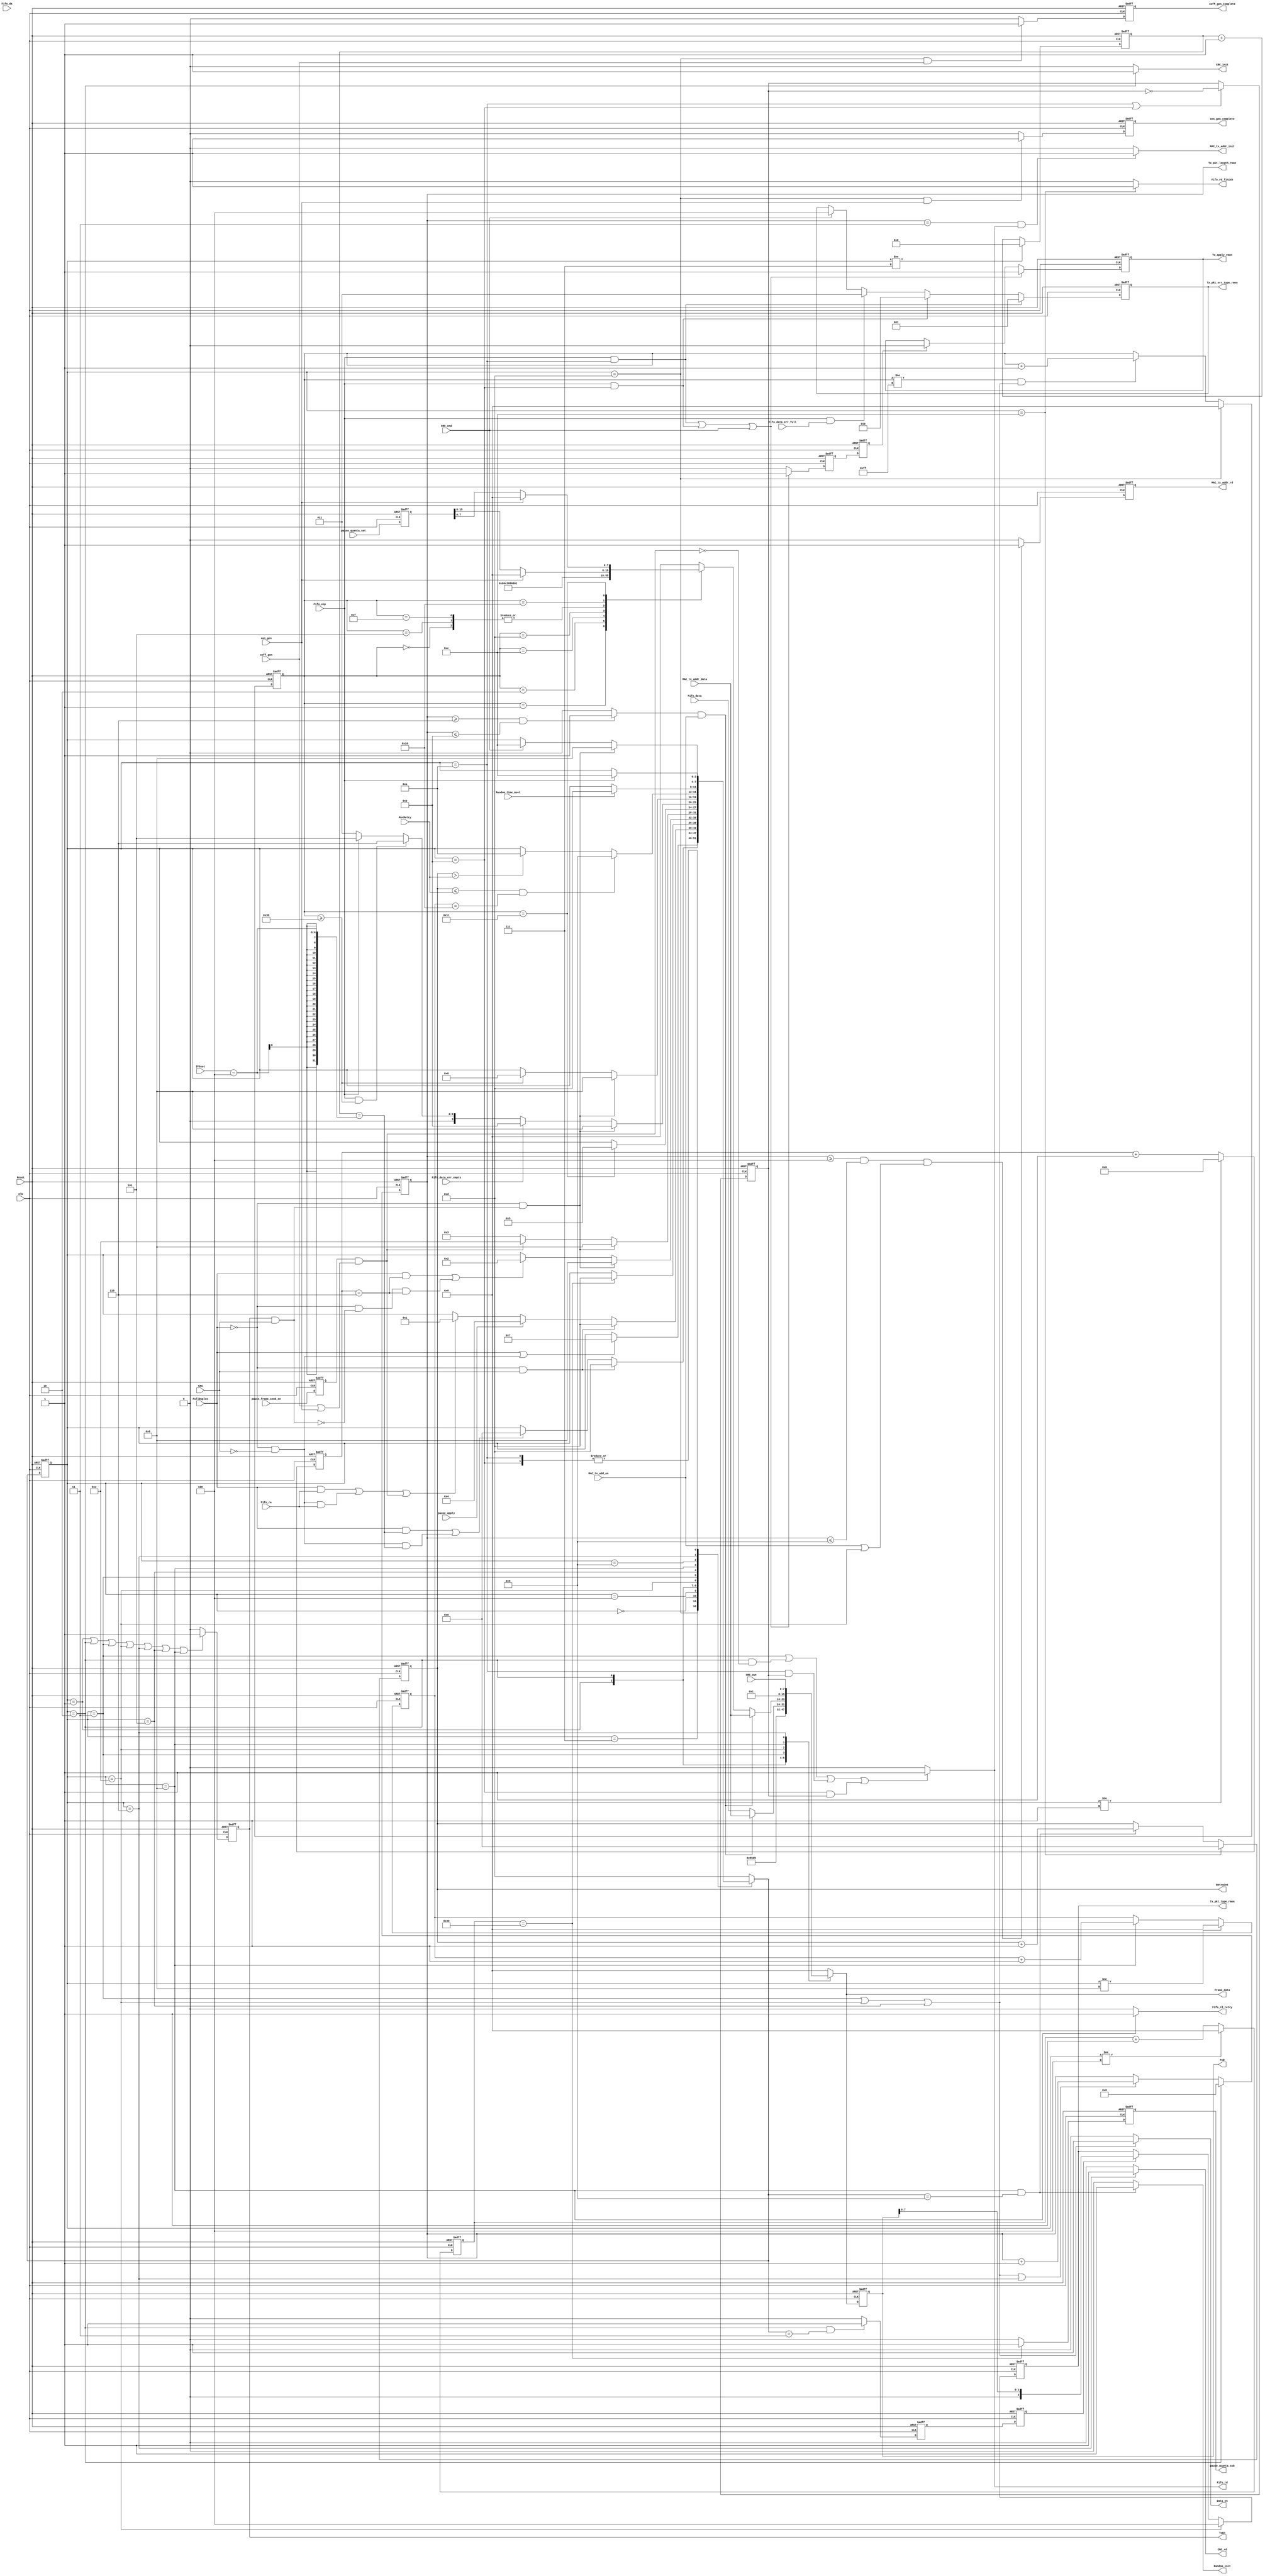
//////////////////////////////////////////////////////////////////////
////                                                              ////
////  MAC_tx_ctrl.v                                               ////
////                                                              ////
////  This file is part of the Ethernet IP core project           ////
////  http://www.opencores.org/projects.cgi/web/ethernet_tri_mode/////
////                                                              ////
////  Author(s):                                                  ////
////      - Jon Gao (gaojon@yahoo.com)                            ////
////                                                              ////
////                                                              ////
//////////////////////////////////////////////////////////////////////
////                                                              ////
//// Copyright (C) 2001 Authors                                   ////
////                                                              ////
//// This source file may be used and distributed without         ////
//// restriction provided that this copyright statement is not    ////
//// removed from the file and that any derivative work contains  ////
//// the original copyright notice and the associated disclaimer. ////
////                                                              ////
//// This source file is free software; you can redistribute it   ////
//// and/or modify it under the terms of the GNU Lesser General   ////
//// Public License as published by the Free Software Foundation; ////
//// either version 2.1 of the License, or (at your option) any   ////
//// later version.                                               ////
////                                                              ////
//// This source is distributed in the hope that it will be       ////
//// useful, but WITHOUT ANY WARRANTY; without even the implied   ////
//// warranty of MERCHANTABILITY or FITNESS FOR A PARTICULAR      ////
//// PURPOSE.  See the GNU Lesser General Public License for more ////
//// details.                                                     ////
////                                                              ////
//// You should have received a copy of the GNU Lesser General    ////
//// Public License along with this source; if not, download it   ////
//// from http://www.opencores.org/lgpl.shtml                     ////
////                                                              ////
//////////////////////////////////////////////////////////////////////
//                                                                    
// CVS Revision History                                               
//                                                                    
// $Log: not supported by cvs2svn $
// Revision 1.3  2006/01/19 14:07:54  maverickist
// verification is complete.
//
// Revision 1.3  2005/12/16 06:44:17  Administrator
// replaced tab with space.
// passed 9.6k length frame test.
//
// Revision 1.2  2005/12/13 12:15:38  Administrator
// no message
//
// Revision 1.1.1.1  2005/12/13 01:51:45  Administrator
// no message
//                                           

module MAC_tx_ctrl (  
Reset               ,
Clk                 ,
//CRC_gen Interface  
CRC_init            ,
Frame_data          ,
Data_en             ,
CRC_rd              ,
CRC_end             ,
CRC_out             ,
//Ramdon_gen interfac
Random_init         ,
RetryCnt            ,
Random_time_meet    ,
//flow control      
pause_apply         ,
pause_quanta_sub    ,
xoff_gen            ,
xoff_gen_complete   ,
xon_gen             ,
xon_gen_complete    ,
//MAC_tx_FF          
Fifo_data           ,
Fifo_rd             ,
Fifo_eop            ,
Fifo_da             ,
Fifo_rd_finish      ,
Fifo_rd_retry       ,
Fifo_ra             ,
Fifo_data_err_empty ,
Fifo_data_err_full  ,
//RMII               
TxD                 ,
TxEn                ,
CRS                 , 
//MAC_tx_addr_add   
MAC_tx_addr_rd      ,
MAC_tx_addr_data    ,
MAC_tx_addr_init    ,
//RMON               
Tx_pkt_type_rmon    ,
Tx_pkt_length_rmon  ,
Tx_apply_rmon       ,
Tx_pkt_err_type_rmon,
//CPU  
pause_frame_send_en ,
pause_quanta_set    ,              
MAC_tx_add_en       ,  
FullDuplex          ,
MaxRetry            ,
IFGset          
);

input           Reset               ;
input           Clk                 ;
                //CRC_gen Interface 
output          CRC_init            ;
output  [7:0]   Frame_data          ;
output          Data_en             ;
output          CRC_rd              ;
input           CRC_end             ;
input   [7:0]   CRC_out             ;
                //Ramdon_gen interface
output          Random_init         ;
output  [3:0]   RetryCnt            ;
input           Random_time_meet    ;//levle hight indicate random time passed away
                //flow control
input           pause_apply         ;
output          pause_quanta_sub    ;
input           xoff_gen            ;
output          xoff_gen_complete   ;
input           xon_gen             ;
output          xon_gen_complete    ;               
                //MAC_rx_FF
input   [7:0]   Fifo_data           ;
output          Fifo_rd             ;
input           Fifo_eop            ;
input           Fifo_da             ;
output          Fifo_rd_finish      ;
output          Fifo_rd_retry       ;
input           Fifo_ra             ;
input           Fifo_data_err_empty ;
input           Fifo_data_err_full  ;
                //RMII
output  [7:0]   TxD                 ;
output          TxEn                ;   
input           CRS                 ;
                //MAC_tx_addr_add
output          MAC_tx_addr_init    ;
output          MAC_tx_addr_rd      ;
input   [7:0]   MAC_tx_addr_data    ;
                //RMON
output  [2:0]   Tx_pkt_type_rmon    ;
output  [15:0]  Tx_pkt_length_rmon  ;
output          Tx_apply_rmon       ;
output  [2:0]   Tx_pkt_err_type_rmon;   
                //CPU
input           pause_frame_send_en ;               
input   [15:0]  pause_quanta_set    ;
input           MAC_tx_add_en       ;               
input           FullDuplex          ;
input   [3:0]   MaxRetry            ;
input   [5:0]   IFGset              ;
//******************************************************************************        
//internal signals                                                              
//******************************************************************************   
parameter       StateIdle           =4'd00;
parameter       StatePreamble       =4'd01;
parameter       StateSFD            =4'd02;
parameter       StateData           =4'd03;
parameter       StatePause          =4'd04;
parameter       StatePAD            =4'd05;
parameter       StateFCS            =4'd06;
parameter       StateIFG            =4'd07;
parameter       StateJam            =4'd08;
parameter       StateBackOff        =4'd09;
parameter       StateJamDrop        =4'd10;
parameter       StateFFEmptyDrop    =4'd11;
parameter       StateSwitchNext     =4'd12;
parameter       StateDefer          =4'd13;
parameter       StateSendPauseFrame =4'd14;

reg [3:0]       Current_state   /*synthesis syn_keep=1 */;
reg [3:0]       Next_state;
reg [5:0]       IFG_counter;
reg [4:0]       Preamble_counter;//
reg [7:0]       TxD_tmp             ;   
reg             TxEn_tmp            ;   
reg [15:0]      Tx_pkt_length_rmon  ;
reg             Tx_apply_rmon       ;
reg             Tx_apply_rmon_tmp   ;
reg             Tx_apply_rmon_tmp_pl1;
reg [2:0]       Tx_pkt_err_type_rmon;   
reg [3:0]       RetryCnt            ;
reg             Random_init         ;
reg             Fifo_rd_finish      ;
reg             Fifo_rd_retry       ;
reg [7:0]       TxD                 ;   
reg             TxEn                ;   
reg             CRC_init            ;
reg             Data_en             ;
reg             CRC_rd              ;
reg             Fifo_rd             ;
reg             MAC_tx_addr_rd      ;
reg             MAC_header_slot     ;
reg             MAC_header_slot_tmp ;
reg [2:0]       Tx_pkt_type_rmon    ;
wire            Collision           ; 
reg             MAC_tx_addr_init    ;
reg             Src_MAC_ptr         ;
reg [7:0]       IPLengthCounter     ;//for pad append
reg [1:0]       PADCounter          ;
reg [7:0]       JamCounter          ;
reg             PktDrpEvenPtr       ;
reg [7:0]       pause_counter       ;
reg             pause_quanta_sub    ;
reg             pause_frame_send_en_dl1 ;               
reg [15:0]      pause_quanta_set_dl1    ;
reg             xoff_gen_complete   ;
reg             xon_gen_complete    ;
//******************************************************************************    
//boundery signal processing                                                             
//****************************************************************************** 
always @(posedge Clk or posedge Reset)
    if (Reset)
        begin  
        pause_frame_send_en_dl1         <=0;
        pause_quanta_set_dl1            <=0;
        end
    else
        begin  
        pause_frame_send_en_dl1         <=pause_frame_send_en   ;
        pause_quanta_set_dl1            <=pause_quanta_set      ;
        end     
//******************************************************************************    
//state machine                                                             
//****************************************************************************** 
assign Collision=TxEn&CRS;

always @(posedge Clk or posedge Reset)
    if (Reset)
        pause_counter   <=0;
    else if (Current_state!=StatePause)
        pause_counter   <=0;
    else 
        pause_counter   <=pause_counter+1;
        
always @(posedge Clk or posedge Reset)
    if (Reset)
        IPLengthCounter     <=0;
    else if (Current_state==StateDefer)
        IPLengthCounter     <=0;    
    else if (IPLengthCounter!=8'hff&&(Current_state==StateData||Current_state==StateSendPauseFrame||Current_state==StatePAD))
        IPLengthCounter     <=IPLengthCounter+1;

always @(posedge Clk or posedge Reset)
    if (Reset)
        PADCounter      <=0;
    else if (Current_state!=StatePAD)
        PADCounter      <=0;
    else
        PADCounter      <=PADCounter+1;

always @(posedge Clk or posedge Reset)
    if (Reset)
        Current_state       <=StateDefer;
    else 
        Current_state       <=Next_state;    
        
always @ (*)
        case (Current_state)   
            StateDefer:
                if ((FullDuplex)||(!FullDuplex&&!CRS))
                    Next_state=StateIFG;
                else
                    Next_state=Current_state;   
            StateIFG:
                if (!FullDuplex&&CRS)
                    Next_state=StateDefer;
                else if ((FullDuplex&&IFG_counter==IFGset-4)||(!FullDuplex&&!CRS&&IFG_counter==IFGset-4))//remove some additional time
                    Next_state=StateIdle;
                else
                    Next_state=Current_state;           
            StateIdle:
                if (!FullDuplex&&CRS)
                    Next_state=StateDefer;
                else if (pause_apply)
                    Next_state=StatePause;          
                else if ((FullDuplex&&Fifo_ra)||(!FullDuplex&&!CRS&&Fifo_ra)||(pause_frame_send_en_dl1&&(xoff_gen||xon_gen)))
                    Next_state=StatePreamble;
                else
                    Next_state=Current_state;   
            StatePause:
                if (pause_counter==512/8)
                    Next_state=StateDefer;
                else
                    Next_state=Current_state;               
            StatePreamble:
                if (!FullDuplex&&Collision)
                    Next_state=StateJam;
                else if ((FullDuplex&&Preamble_counter==6)||(!FullDuplex&&!Collision&&Preamble_counter==6))
                    Next_state=StateSFD;
                else
                    Next_state=Current_state;
            StateSFD:
                if (!FullDuplex&&Collision)
                    Next_state=StateJam;
                else if (pause_frame_send_en_dl1&&(xoff_gen||xon_gen))
                    Next_state=StateSendPauseFrame;
                else 
                    Next_state=StateData;
            StateSendPauseFrame:
                if (IPLengthCounter==17)
                    Next_state=StatePAD;
                else
                    Next_state=Current_state;
            StateData:
                if (!FullDuplex&&Collision)
                    Next_state=StateJam;
                else if (Fifo_data_err_empty)
                    Next_state=StateFFEmptyDrop;                
                else if (Fifo_eop&&IPLengthCounter>=59)//IP+MAC+TYPE=60 ,start from 0
                    Next_state=StateFCS;
                else if (Fifo_eop)
                    Next_state=StatePAD;
                else 
                    Next_state=StateData;       
            StatePAD:
                if (!FullDuplex&&Collision)
                    Next_state=StateJam; 
                else if (IPLengthCounter>=59)
                    Next_state=StateFCS;        
                else 
                    Next_state=Current_state;
            StateJam:
                if (RetryCnt<=MaxRetry&&JamCounter==16) 
                    Next_state=StateBackOff;
                else if (RetryCnt>MaxRetry)
                    Next_state=StateJamDrop;
                else
                    Next_state=Current_state;
            StateBackOff:
                if (Random_time_meet)
                    Next_state  =StateDefer;
                else 
                    Next_state  =Current_state;
            StateFCS:
                if (!FullDuplex&&Collision)
                    Next_state  =StateJam;
                else if (CRC_end)
                    Next_state  =StateSwitchNext;
                else
                    Next_state  =Current_state;
            StateFFEmptyDrop:
                if (Fifo_eop)
                    Next_state  =StateSwitchNext;
                else
                    Next_state  =Current_state;             
            StateJamDrop:
                if (Fifo_eop)
                    Next_state  =StateSwitchNext;
                else
                    Next_state  =Current_state;
            StateSwitchNext:
                    Next_state  =StateDefer;            
            default:
                Next_state  =StateDefer;
        endcase

 
        
always @ (posedge Clk or posedge Reset)
    if (Reset)
        JamCounter      <=0;
    else if (Current_state!=StateJam)
        JamCounter      <=0;
    else if (Current_state==StateJam)
        JamCounter      <=JamCounter+1;
        
             
always @ (posedge Clk or posedge Reset)
    if (Reset)
        RetryCnt        <=0;
    else if (Current_state==StateSwitchNext)
        RetryCnt        <=0;
    else if (Current_state==StateJam&&Next_state==StateBackOff)
        RetryCnt        <=RetryCnt + 1;
            
always @ (posedge Clk or posedge Reset)
    if (Reset)
        IFG_counter     <=0;
    else if (Current_state!=StateIFG)
        IFG_counter     <=0;
    else 
        IFG_counter     <=IFG_counter + 1;

always @ (posedge Clk or posedge Reset)
    if (Reset)
        Preamble_counter    <=0;
    else if (Current_state!=StatePreamble)
        Preamble_counter    <=0;
    else
        Preamble_counter    <=Preamble_counter+ 1;
        
always @ (posedge Clk or posedge Reset)
    if (Reset)      
        PktDrpEvenPtr       <=0;
    else if(Current_state==StateJamDrop||Current_state==StateFFEmptyDrop)
        PktDrpEvenPtr       <=~PktDrpEvenPtr;
//******************************************************************************    
//generate output signals                                                           
//****************************************************************************** 
//CRC related
always @(Current_state)
    if (Current_state==StateSFD)
        CRC_init    =1;
    else
        CRC_init    =0;
        
assign Frame_data=TxD_tmp;

always @(Current_state)
    if (Current_state==StateData||Current_state==StateSendPauseFrame||Current_state==StatePAD)
        Data_en     =1;
    else
        Data_en     =0;
        
always @(Current_state)
    if (Current_state==StateFCS)
        CRC_rd      =1;
    else
        CRC_rd      =0;     
    
//Ramdon_gen interface
always @(Current_state or Next_state)
    if (Current_state==StateJam&&Next_state==StateBackOff)
        Random_init =1;
    else
        Random_init =0; 

//MAC_rx_FF
//data have one cycle delay after fifo read signals  
always @ (*)
    if (Current_state==StateData ||
        Current_state==StateSFD&&!(pause_frame_send_en_dl1&&(xoff_gen||xon_gen))  ||
        Current_state==StateJamDrop&&PktDrpEvenPtr||
        Current_state==StateFFEmptyDrop&&PktDrpEvenPtr )
        Fifo_rd     =1;
    else
        Fifo_rd     =0; 
        
always @ (Current_state)
    if (Current_state==StateSwitchNext)     
        Fifo_rd_finish  =1;
    else
        Fifo_rd_finish  =0;
        
always @ (Current_state)
    if (Current_state==StateJam)        
        Fifo_rd_retry   =1;
    else
        Fifo_rd_retry   =0;     
//RMII
always @(Current_state)
    if (Current_state==StatePreamble||Current_state==StateSFD||
        Current_state==StateData||Current_state==StateSendPauseFrame||
        Current_state==StateFCS||Current_state==StatePAD||Current_state==StateJam)
        TxEn_tmp    =1;
    else
        TxEn_tmp    =0;

//gen txd data      
always @(*)
    case (Current_state)
        StatePreamble:
            TxD_tmp =8'h55;
        StateSFD:
            TxD_tmp =8'hd5;
        StateData:
            if (Src_MAC_ptr&&MAC_tx_add_en)       
                TxD_tmp =MAC_tx_addr_data;
            else
                TxD_tmp =Fifo_data;
        StateSendPauseFrame:
            if (Src_MAC_ptr&&MAC_tx_add_en)       
                TxD_tmp =MAC_tx_addr_data;
            else 
                case (IPLengthCounter)
                    7'd0:   TxD_tmp =8'h01;
                    7'd1:   TxD_tmp =8'h80;
                    7'd2:   TxD_tmp =8'hc2;
                    7'd3:   TxD_tmp =8'h00;
                    7'd4:   TxD_tmp =8'h00;
                    7'd5:   TxD_tmp =8'h01;
                    7'd12:  TxD_tmp =8'h88;//type
                    7'd13:  TxD_tmp =8'h08;//
                    7'd14:  TxD_tmp =8'h00;//opcode
                    7'd15:  TxD_tmp =8'h01;
                    7'd16:  TxD_tmp =xon_gen?8'b0:pause_quanta_set_dl1[15:8];
                    7'd17:  TxD_tmp =xon_gen?8'b0:pause_quanta_set_dl1[7:0];
//                    7'd60:  TxD_tmp =8'h26;
//                    7'd61:  TxD_tmp =8'h6b;
//                    7'd62:  TxD_tmp =8'hae;
//                    7'd63:  TxD_tmp =8'h0a;
                    default:TxD_tmp =0;
                endcase
        
        StatePAD:
                TxD_tmp =8'h00; 
        StateJam:
                TxD_tmp =8'h01; //jam sequence
        StateFCS:
            TxD_tmp =CRC_out;
        default:
            TxD_tmp =2'b0;
    endcase
always @ (posedge Clk or posedge Reset)
    if (Reset)
        begin
        TxD     <=0;
        TxEn    <=0;
        end
    else
        begin
        TxD     <=TxD_tmp;
        TxEn    <=TxEn_tmp;
        end     
//RMON


always @ (posedge Clk or posedge Reset)
    if (Reset)
        Tx_pkt_length_rmon      <=0;
    else if (Current_state==StateSFD)
        Tx_pkt_length_rmon      <=0;
    else if (Current_state==StateData||Current_state==StateSendPauseFrame||Current_state==StatePAD||Current_state==StateFCS)
        Tx_pkt_length_rmon      <=Tx_pkt_length_rmon+1;
        
always @ (posedge Clk or posedge Reset)
    if (Reset)
        Tx_apply_rmon_tmp       <=0;
    else if ((Fifo_eop&&Current_state==StateJamDrop)||
             (Fifo_eop&&Current_state==StateFFEmptyDrop)||
             CRC_end)
        Tx_apply_rmon_tmp       <=1;
    else
        Tx_apply_rmon_tmp       <=0; 

always @ (posedge Clk or posedge Reset)
    if (Reset)
        Tx_apply_rmon_tmp_pl1   <=0;
    else
        Tx_apply_rmon_tmp_pl1   <=Tx_apply_rmon_tmp;
        
always @ (posedge Clk or posedge Reset)
    if (Reset)
        Tx_apply_rmon       <=0;
    else if ((Fifo_eop&&Current_state==StateJamDrop)||
             (Fifo_eop&&Current_state==StateFFEmptyDrop)||
             CRC_end)
        Tx_apply_rmon       <=1;
    else if (Tx_apply_rmon_tmp_pl1)
        Tx_apply_rmon       <=0;
        
always @ (posedge Clk or posedge Reset)
    if (Reset)
        Tx_pkt_err_type_rmon    <=0;    
    else if(Fifo_eop&&Current_state==StateJamDrop)
        Tx_pkt_err_type_rmon    <=3'b001;//
    else if(Fifo_eop&&Current_state==StateFFEmptyDrop)
        Tx_pkt_err_type_rmon    <=3'b010;//underflow
    else if(Fifo_eop&&Fifo_data_err_full)
        Tx_pkt_err_type_rmon    <=3'b011;//overflow
    else if(CRC_end)
        Tx_pkt_err_type_rmon    <=3'b100;//normal
        
always @ (posedge Clk or posedge Reset)
    if (Reset)
        MAC_header_slot_tmp <=0;
    else if(Current_state==StateSFD&&Next_state==StateData)
        MAC_header_slot_tmp <=1;    
    else
        MAC_header_slot_tmp <=0;
        
always @ (posedge Clk or posedge Reset)
    if (Reset)
        MAC_header_slot     <=0;
    else 
        MAC_header_slot     <=MAC_header_slot_tmp;

always @ (posedge Clk or posedge Reset)
    if (Reset)
        Tx_pkt_type_rmon    <=0;
    else if (Current_state==StateSendPauseFrame)
        Tx_pkt_type_rmon    <=3'b100;
    else if(MAC_header_slot)
        Tx_pkt_type_rmon    <={1'b0,TxD[7:6]};

       
always @(Tx_pkt_length_rmon)
    if (Tx_pkt_length_rmon>=6&&Tx_pkt_length_rmon<=11)
        Src_MAC_ptr         =1;
    else
        Src_MAC_ptr         =0;        

//MAC_tx_addr_add  
always @ (posedge Clk or posedge Reset)
    if (Reset)
        MAC_tx_addr_rd  <=0;
    else if ((Tx_pkt_length_rmon>=4&&Tx_pkt_length_rmon<=9)&&(MAC_tx_add_en||Current_state==StateSendPauseFrame))
        MAC_tx_addr_rd  <=1;
    else
        MAC_tx_addr_rd  <=0;

always @ (Tx_pkt_length_rmon or Fifo_rd)
    if ((Tx_pkt_length_rmon==3)&&Fifo_rd)
        MAC_tx_addr_init=1;
    else
        MAC_tx_addr_init=0;

//flow control
always @ (posedge Clk or posedge Reset)
    if (Reset)
        pause_quanta_sub    <=0;
    else if(pause_counter==512/8)
        pause_quanta_sub    <=1;
    else
        pause_quanta_sub    <=0;

 
always @ (posedge Clk or posedge Reset)
    if (Reset) 
        xoff_gen_complete   <=0;
    else if(Current_state==StateDefer&&xoff_gen)
        xoff_gen_complete   <=1;
    else
        xoff_gen_complete   <=0;
    
    
always @ (posedge Clk or posedge Reset)
    if (Reset) 
        xon_gen_complete    <=0;
    else if(Current_state==StateDefer&&xon_gen)
        xon_gen_complete    <=1;
    else
        xon_gen_complete    <=0;

endmodule